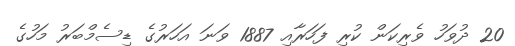
20 ދުވަހު ވެރިކަން ކުރި ފަހަރާއި 1887 ވަނަ އަހަރުގެ ޑިސެމްބަރު މަހުގެ